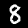
Digit: 8